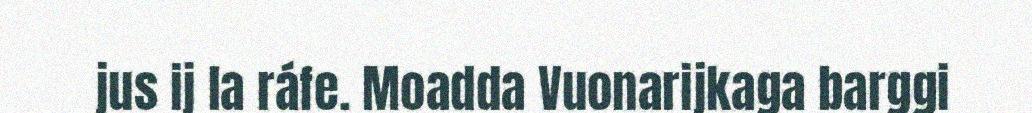
jus ij la ráfe. Moadda Vuonarijkaga barggi